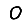
Digit: 0